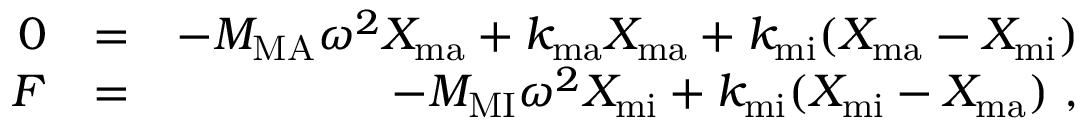
\begin{array} { r l r } { 0 } & { = } & { - M _ { \mathrm { M A } } \omega ^ { 2 } X _ { \mathrm { m a } } + k _ { \mathrm { m a } } X _ { \mathrm { m a } } + k _ { \mathrm { m i } } ( X _ { \mathrm { m a } } - X _ { \mathrm { m i } } ) } \\ { F } & { = } & { - M _ { \mathrm { M I } } \omega ^ { 2 } X _ { \mathrm { m i } } + k _ { \mathrm { m i } } ( X _ { \mathrm { m i } } - X _ { \mathrm { m a } } ) ~ , } \end{array}